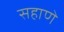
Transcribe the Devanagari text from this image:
सहाणे